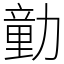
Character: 勭